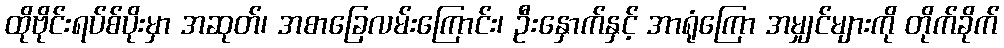
ထိုဗိုင်းရပ်စ်ပိုးမှာ အဆုတ်၊ အစာခြေလမ်းကြောင်း၊ ဦးနှောက်နှင့် အာရုံကြော အမျှင်များကို တိုက်ခိုက်